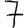
Digit: 7